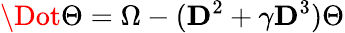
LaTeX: \Dot{\Theta}=\Omega-(\mathbf{D}^{2}+\gamma\mathbf{D}^{3})\Theta